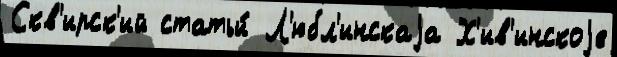
Скв'ирск'ий статьи́ Л'юбл'инскаjа Х'ив'инскоjе